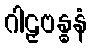
ဂါဠှဗန္ဓနံ